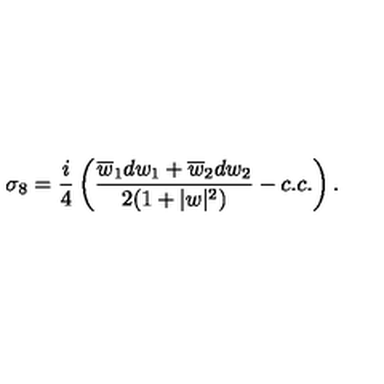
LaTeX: \sigma _ { 8 } = { \frac { i } { 4 } } \left( { \frac { \overline { { w } } _ { 1 } d w _ { 1 } + \overline { { w } } _ { 2 } d w _ { 2 } } { 2 ( 1 + | w | ^ { 2 } ) } } - c . c . \right) .